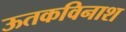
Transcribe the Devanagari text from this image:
ऊतकविनाश